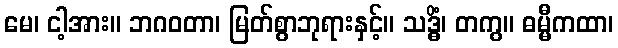
မေ၊ ငါ့အား။ ဘဂဝတာ၊ မြတ်စွာဘုရားနှင့်။ သဒ္ဓိံ၊ တကွ။ ဓမ္မီကထာ၊